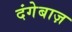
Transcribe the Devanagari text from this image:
दंगेबाज़